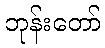
ဘုန်းတော်